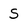
Character: S